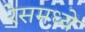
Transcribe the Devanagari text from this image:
रेसमध्ये